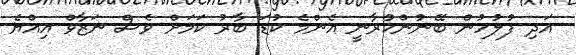
އަދި ފުލުހުން ބޭނުންކުރާނީ އެންމެ ކުޑަ ބާރު ކަމަށް ވެސް ނަޒާވް އިއްޔެ